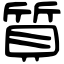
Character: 質